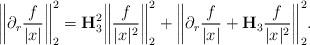
\begin{align*}\bigg\|\partial_r \frac{f}{|x|} \bigg\|_{2}^2 = \mathbf{H}_{3}^2 \bigg\| \frac{f}{|x|^2} \bigg\|_{2}^2 + \bigg\|\partial_r \frac{f}{|x|} + \mathbf{H}_{3} \frac{f}{|x|^2} \bigg\|_{2}^2.\end{align*}